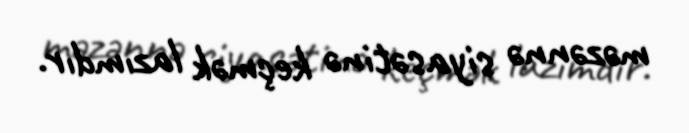
məzənnə siyasətinə keçmək lazımdır.